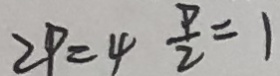
2 P = 4 \frac { P } { 2 } = 1